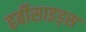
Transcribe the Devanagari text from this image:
हर्बीसाइड्स